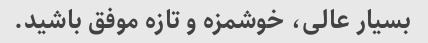
بسیار عالی، خوشمزه و تازه موفق باشید.